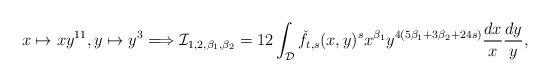
LaTeX: \begin{align*}x\mapsto x y^{11},y\mapsto y^3\Longrightarrow\mathcal{I}_{1,2,\beta_1,\beta_2}=12\int_{\mathcal{D}}\check{f}_{t,s}(x,y)^s x^{\beta_1} y^{{4(5\beta_1+3\beta_2+24s)}} \frac{dx}{x}\frac{dy}{y},\end{align*}